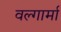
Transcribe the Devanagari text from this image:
वल्गार्मा